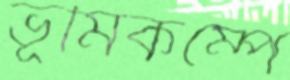
ভূমিকম্পে